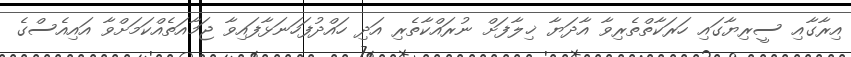
އިރާގާއި ސީރިޔާގައި ހަރަކާތްތެރިވާ އާދަޔާ ޚިލާފަށް ނުރައްކާތެރި އަދި ހައްދުފަހަނަޅާފައިވާ ޖަމާއަތެއްކަމަށްވާ އައިއެސްގެ